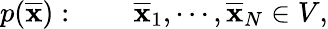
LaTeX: p({\overline{{\mathbf{x}}}}):\qquad{\overline{{\mathbf{x}}}}_{1},\cdots,{\overline{{\mathbf{x}}}}_{N}\in V,